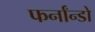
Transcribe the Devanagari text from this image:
फर्नांन्डो